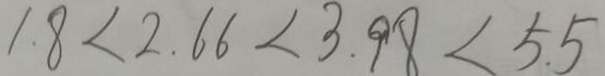
1 . 8 < 2 . 6 6 < 3 . 9 8 < 5 . 5